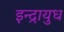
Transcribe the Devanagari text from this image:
इन्द्रायुध